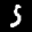
Label: 5